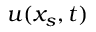
u ( x _ { s } , t )